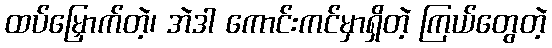
ထပ်မြှောက်တဲ့၊ အဲဒါ ကောင်းကင်မှာရှိတဲ့ ကြယ်တွေတဲ့